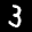
Label: 3